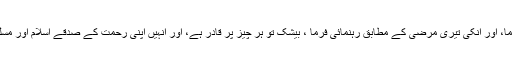
اسکے دونوں ولی عہد کو بھی تیرے پسندیدہ کام کرنے کی توفیق عطا فرما، اور انکی تیری مرضی کے مطابق رہنمائی فرما ، بیشک تو ہر چیز پر قادر ہے، اور انہیں اپنی رحمت کے صدقے اسلام اور مسلمانوں کے حق میں اچھے فیصلے کی توفیق عطا فرما، یا ارحم الراحمین!